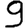
Digit: 9